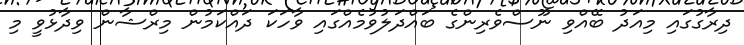
ދިރާގުގައި މިއަދު ބޭއްވި ނޫސްވެރިންގެ ބައްދަލުވުމެއްގައި ވާހަކަ ދައްކަމުން މިރްޝާން ވިދާޅުވީ މި